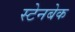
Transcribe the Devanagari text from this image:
स्टेनबेक